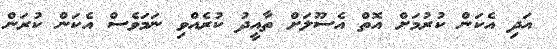
އަދި އެކަން ކުރުމަށް އޮތް އެސޫލަށް ތާއީދު ކުރެއްވި ނަމަވެސް އެކަން ކުރަން